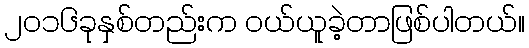
၂၀၁၆ခုနှစ်တည်းက ဝယ်ယူခဲ့တာဖြစ်ပါတယ်။